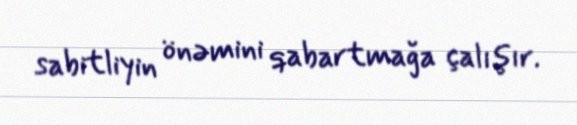
sabitliyin önəmini qabartmağa çalışır.